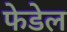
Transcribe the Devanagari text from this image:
फेडेल